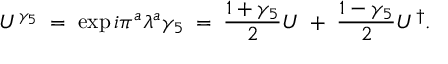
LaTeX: U ^ { \gamma _ { 5 } } \; = \; \exp { i \pi ^ { a } \lambda ^ { a } \gamma _ { 5 } } \; = \; \frac { 1 + \gamma _ { 5 } } { 2 } U \; + \; \frac { 1 - \gamma _ { 5 } } { 2 } U ^ { \dagger } .